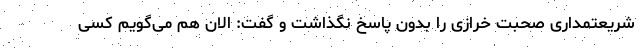
شریعتمداری صحبت خرازی را بدون پاسخ نگذاشت و گفت: الان هم می‌گویم کسی